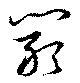
闞